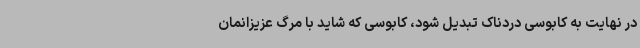
در نهایت به کابوسی دردناک تبدیل شود، کابوسی که شاید با مرگ عزیزانمان